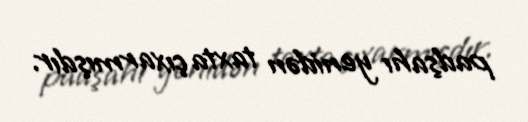
padşahı yenidən taxta çıxarmışdır.